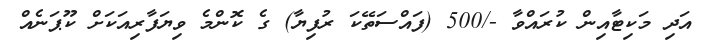
އަދި މަކިޓާއިން ކުރައްވާ -/500 (ފައްސަތޭކަ ރުފިޔާ) ގެ ކޮންމެ ވިޔަފާރިއަކަށް ކޫޕަނެއް